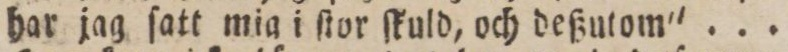
har jag ſatt mig i ſtor ſkuld, och deßutom' ...